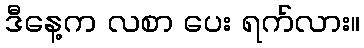
ဒီနေ့က လစာ ပေး ရက်လား။